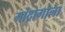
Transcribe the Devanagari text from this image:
मांद्रोगोला